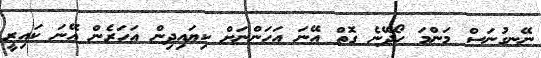
ނޭނގުނަސް މަންމަ ހޯދޭނެ ގޮތް އޭނަ އަހަންނަށް ކިޔައިދިން އަހަރެން އޭނަ ކައިރީ